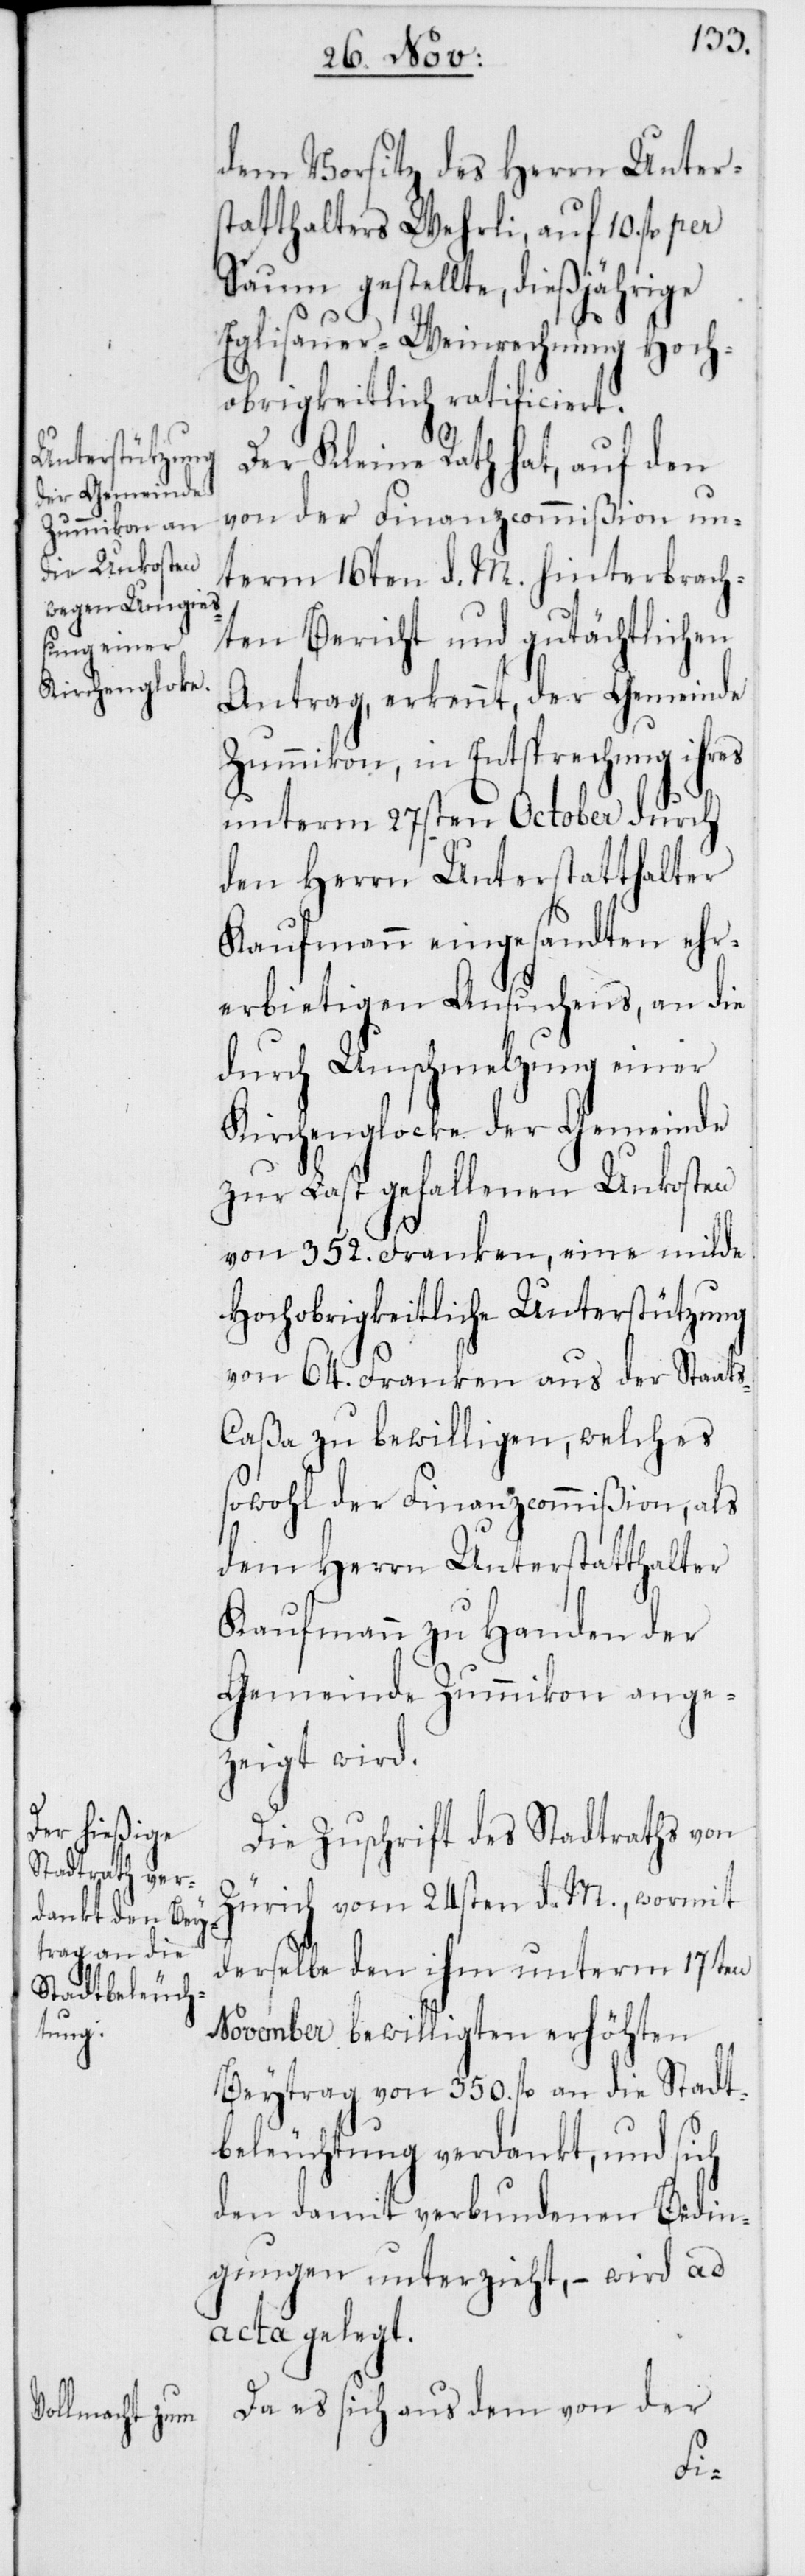
dem Vorsitz des Herrn Unter¬
statthalters Wehrli, auf 10. fl.
Saum gestellte, dießjährige
Eglisauer-Weinrechnung Hoch¬
obrigkeitlich ratificiert.
Der Kleine Rath hat, auf den
von der Finanzcommißion un¬
term 16ten d. M. hinterbrach¬
ten Bericht und gutächtlichen
Antrag, erkennt, der Gemeinde
Zumikon, in Entsprechung ihres
unterm 27sten October durch
den Herrn Unterstatthalter
Kaufmann eingesandten ehr¬
erbietigen Ansuchens, an die
durch Umschmelzung einer
Kirchenglocke der Gemeinde
zur Last gefallenen Unkosten
von 352. Franken, eine milde
Hochobrigkeitliche Unterstützung
von 64. Franken aus der Staat¬
s-Caßa zu bewilligen, welches
sowohl der Finanzcommißion, als
dem Herrn Unterstatthalter
Kaufmann zu Handen der
Gemeinde Zumikon ange¬
zeigt wird.
Die Zuschrift des Stadtraths von
Zürich vom 24sten d. M., wormit
derselbe den ihm unterm 17ten
November bewilligten erhöhten
Beytrag von 350. fl. an die Stadt¬
beleuchtung verdankt, und sich
den damit verbundenen Bedin¬
gungen unterzieht, – wird ad
acta gelegt.
Da es sich aus dem von der